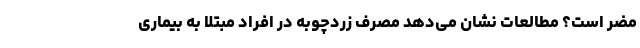
مضر است؟ مطالعات نشان می‌دهد مصرف زردچوبه در افراد مبتلا به بیماری